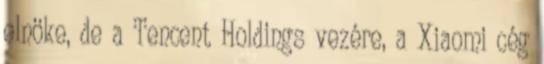
elnöke, de a Tencent Holdings vezére, a Xiaomi cég